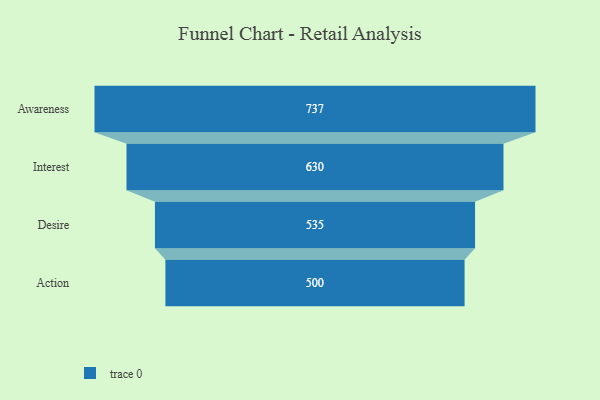
{"axis": {"x": "Stage", "y": "Value"}, "legend": [""], "data": [{"x": "Awareness", "y": 737.0, "type": ""}, {"x": "Interest", "y": 630.0, "type": ""}, {"x": "Desire", "y": 535.0, "type": ""}, {"x": "Action", "y": 500, "type": ""}]}